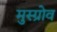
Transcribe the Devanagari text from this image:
मुस्ग्रोव